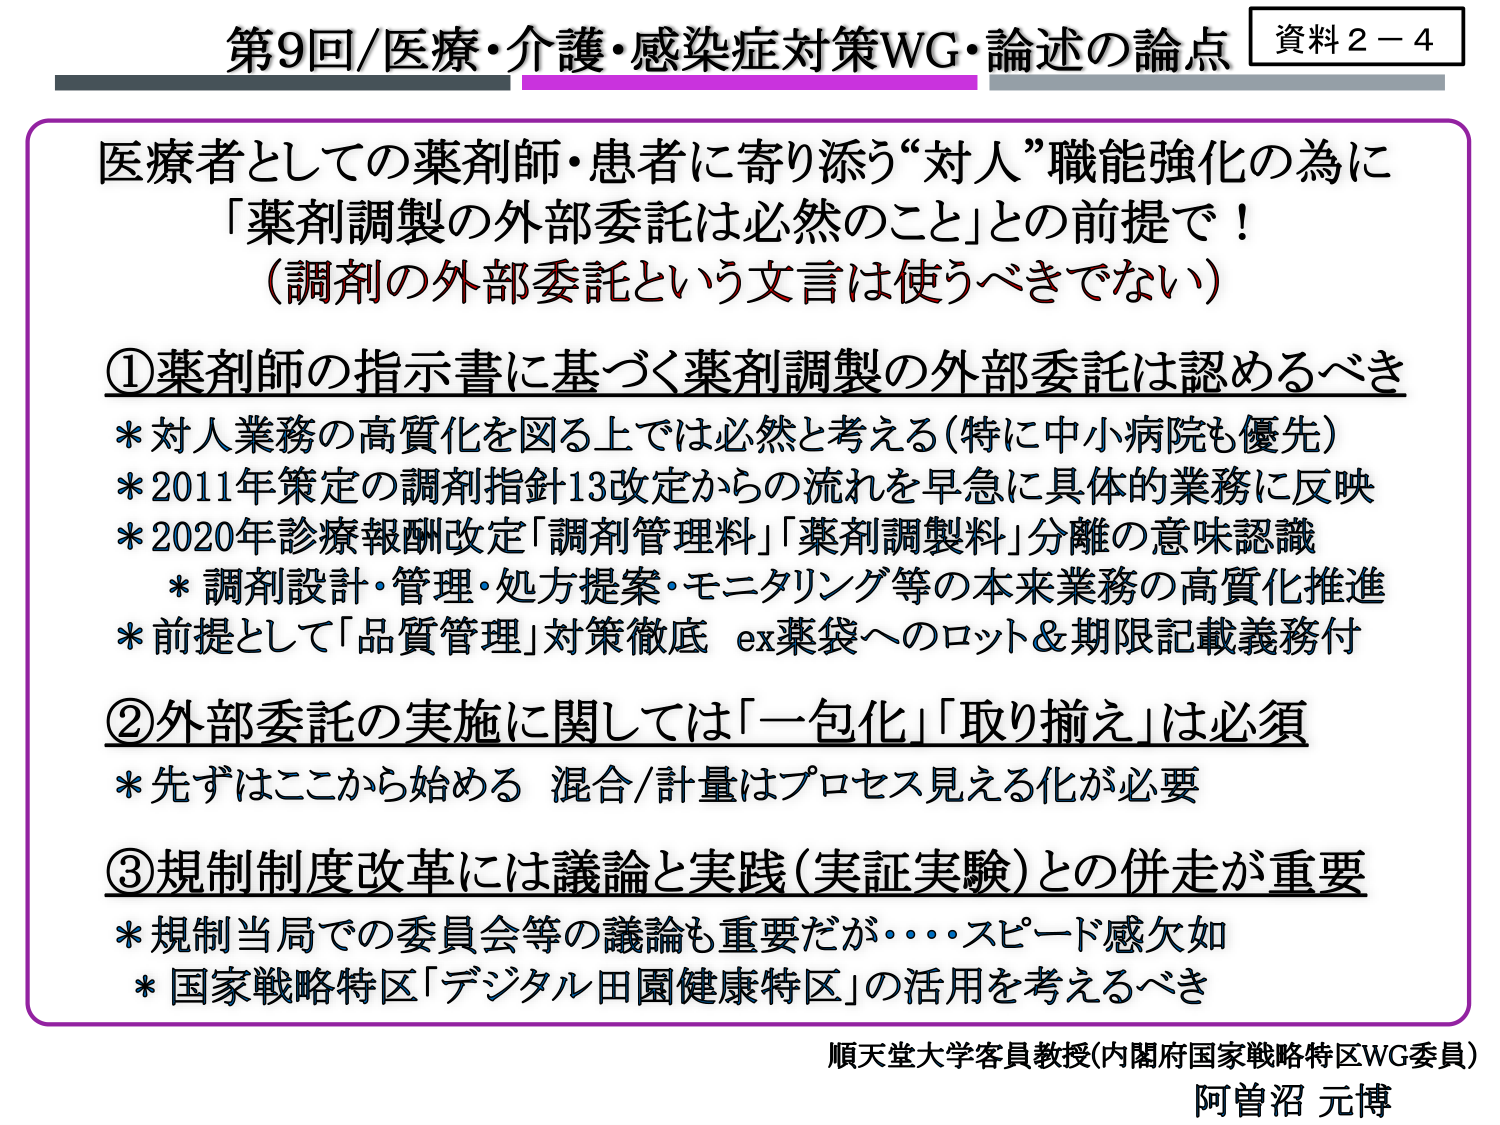
第9回/医療・介護・感染症対策WG・論述の論点 資料2－4

医療者としての薬剤師・患者に寄り添う“対人”職能強化の為に
「薬剤調製の外部委託は必然のこと」との前提で！
（調剤の外部委託という文言は使うべきでない）

①薬剤師の指示書に基づく薬剤調製の外部委託は認めるべき
* 対人業務の高質化を図る上では必然と考える（特に中小病院も優先）
* 2011年策定の調剤指針13改定からの流れを早急に具体的業務に反映
* 2020年診療報酬改定「調剤管理料」「薬剤調製料」分離の意味認識
　* 調剤設計・管理・処方提案・モニタリング等の本来業務の高質化推進
* 前提として「品質管理」対策徹底 ex薬袋へのロット＆期限記載義務付

②外部委託の実施に関しては「一包化」「取り揃え」は必須
* 先ずはここから始める 混合/計量はプロセス見える化が必要

③規制制度改革には議論と実践（実証実験）との併走が重要
* 規制当局での委員会等の議論も重要だが・・・スピード感欠如
* 国家戦略特区「デジタル田園健康特区」の活用を考えるべき

順天堂大学客員教授（内閣府国家戦略特区WG委員）
阿曽沼 元博